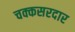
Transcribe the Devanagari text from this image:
चक्कसरदार